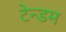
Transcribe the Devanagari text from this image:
टेन्डम